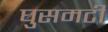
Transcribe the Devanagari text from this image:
घुसमटी